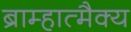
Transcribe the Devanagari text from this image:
ब्राम्हात्मैक्य